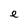
Character: e